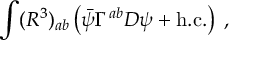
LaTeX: \int ( R ^ { 3 } ) _ { a b } \left( \bar { \psi } \Gamma ^ { a b } D \psi + \mathrm { h . c . } \right) \; ,